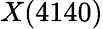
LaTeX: X(4140)